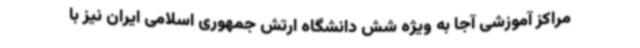
مراکز آموزشی آجا به ویژه شش دانشگاه ارتش جمهوری اسلامی ایران نیز با